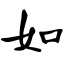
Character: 如